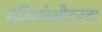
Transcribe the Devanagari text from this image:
स्निकोमीटरचा